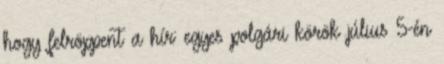
hogy felröppent a hír: egyes polgári körök július 5-én